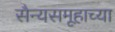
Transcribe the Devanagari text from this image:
सैन्यसमूहाच्या